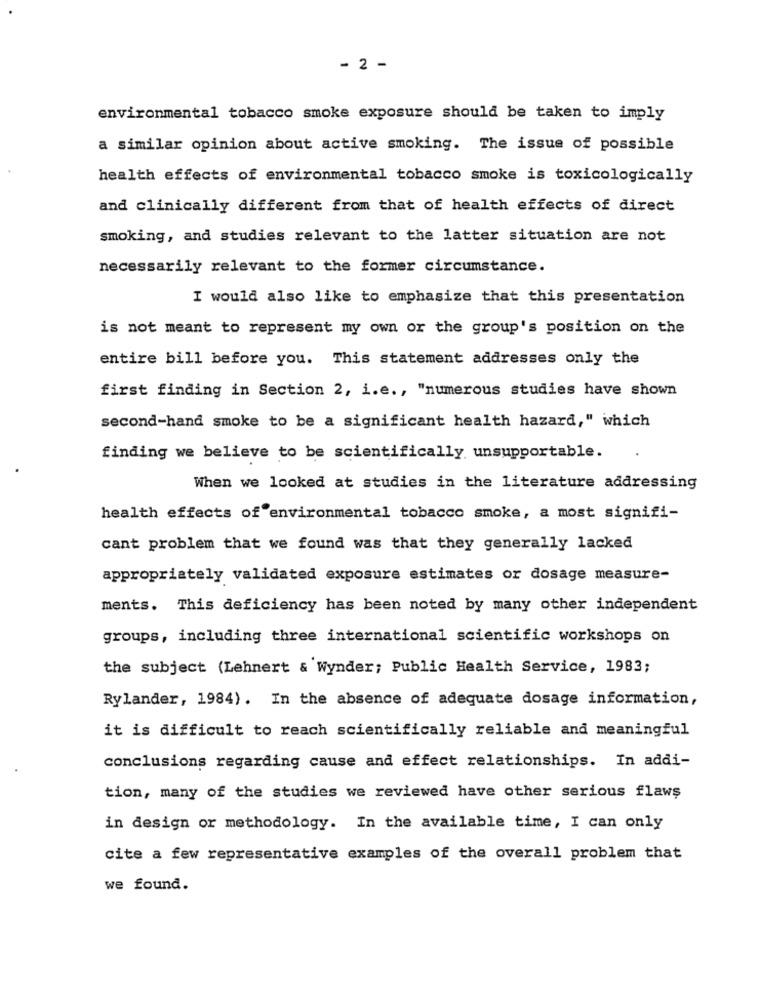
- 2 -
environmental tobacco smoke exposure should be taken to imply
a similar opinion about active smoking. The issue of possible
health effects of environmental tobacco smoke is toxicologically
and clinically different from that of health effects of direct
smoking, and studies relevant to the latter situation are not
necessarily relevant to the former circumstance.
I would also like to emphasize that this presentation
is not meant to represent my own or the group's position on the
entire bill before you. This statement addresses only the
first finding in Section 2, i.e ., "numerous studies have shown
second-hand smoke to be a significant health hazard," which
finding we believe to be scientifically unsupportable.
When we looked at studies in the literature addressing
health effects of environmental tobacco smoke, a most signifi-
cant problem that we found was that they generally lacked
appropriately validated exposure estimates or dosage measure-
ments. This deficiency has been noted by many other independent
groups, including three international scientific workshops on
the subject (Lehnert & Wynder; Public Health Service, 1983;
Rylander, 1984). In the absence of adequate dosage information,
it is difficult to reach scientifically reliable and meaningful
conclusions regarding cause and effect relationships. In addi-
tion, many of the studies we reviewed have other serious flaws
in design or methodology. In the available time, I can only
cite a few representative examples of the overall problem that
we found.